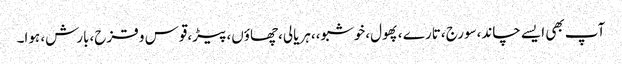
آپ بھی ایسے چاند،سورج ،تارے ،پھول،خوشبو،،ہریالی،چھاؤں،پیڑ،قوس و قزح،بارش، ہوا۔